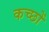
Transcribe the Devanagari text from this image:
कच्छों